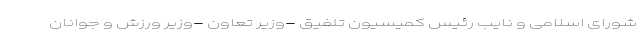
شورای اسلامی و نایب رئیس کمیسیون تلفیق -وزیر تعاون -وزیر ورزش و جوانان